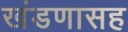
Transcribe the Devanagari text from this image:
खंडणासह